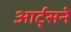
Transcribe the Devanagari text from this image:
आर्ट्‌सने